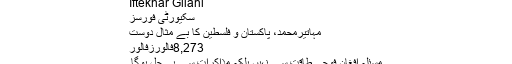
Iftekhar Gilani
سکیورٹی فورسز
مہاتیرمحمد، پاکستان و فلسطین کا بے مثال دوست
8,273فالورزفالور
مسئلہ افغان فوجی طاقت سے نہیں بلکہ مذاکرات سے ہی حل ہوگا۔